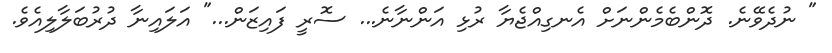
" ނުދެވޭނެ. ދޮންބެމެންނަށް އެނގިއްޖެޔާ ރުޅި އަންނާނެ... ސޮރީ ފައިޒަން..." އަލައިނާ ދުރުބަލާލިއެވެ.